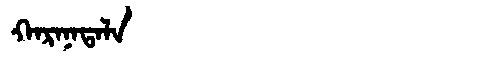
Manchu: ᡴᠠᡵᠠᠨᠠᡨᠠᠯᠠ
Romanization: KARANATALA